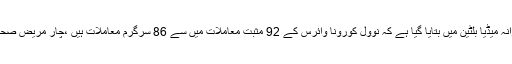
حکومت کی طرف سے جاری کئے گئے روزانہ میڈیا بلٹین میں بتایا گیا ہے کہ نوول کورونا وائرس کے 92 مثبت معاملات میں سے 86 سرگرم معاملات ہیں ،چار مریض صحتیاب ہوئے ہیں اور دو کی موت واقع ہوئی ہے۔